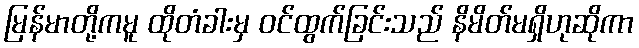
မြန်မာတို့ကမူ ထိုတံခါးမှ ဝင်ထွက်ခြင်းသည် နိမိတ်မရှိဟုဆိုကာ